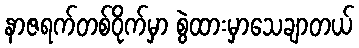
နာဇရက်တစ်ဝိုက်မှာ စွဲထားမှာသေချာတယ်